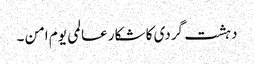
دہشت گردی کا شکار عالمی یوم امن ۔